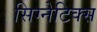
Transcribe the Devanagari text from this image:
सिग्नेटिक्स